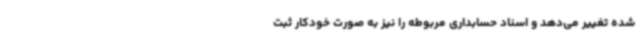
شده تغییر می‌دهد و اسناد حسابداری مربوطه را نیز به صورت خودکار ثبت